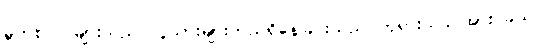
မွတ်စလင်များသည် လူသားများတည်ရှိနေခြင်းသည် ဘုရားသခင်အား ခယ